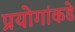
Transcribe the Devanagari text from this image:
प्रयोगांकडे